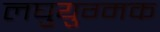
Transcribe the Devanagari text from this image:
लघुयुग्मक